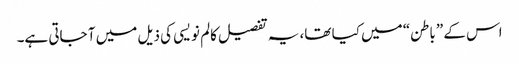
اس کے ”باطن“ میں کیا تھا، یہ تفصیل کالم نویسی کی ذیل میں آ جاتی ہے۔